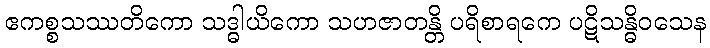
ဧကစ္စသဿတိကော သဒ္ဓါယိကော သဟဇာတန္တိ ပရိစာရကေ ပဋိသန္ဓိဝသေန